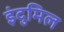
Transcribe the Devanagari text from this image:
इंदुमिल